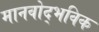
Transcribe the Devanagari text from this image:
मानवोद्भविक